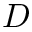
\cal { D }